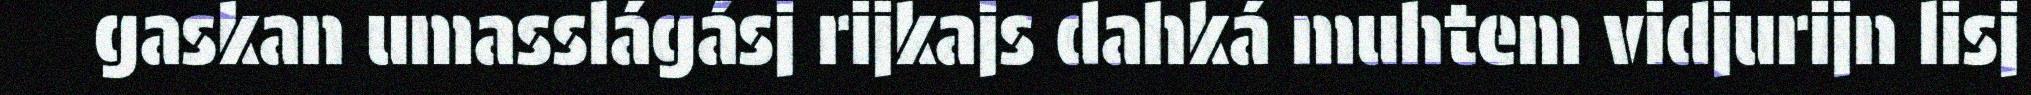
gaskan umasslágásj rijkajs dahká muhtem vidjurijn lisj